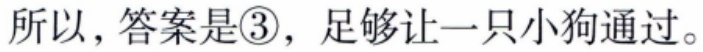
所以，答案是\textcircled{3}，足够让一只小狗通过。